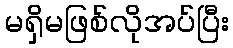
မရှိမဖြစ်လိုအပ်ပြီး